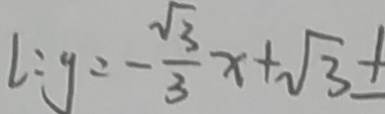
l : y = - \frac { \sqrt { 3 } } { 3 } x + \sqrt { 3 } \pm